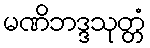
မဏိဘဒ္ဒသုတ္တံ